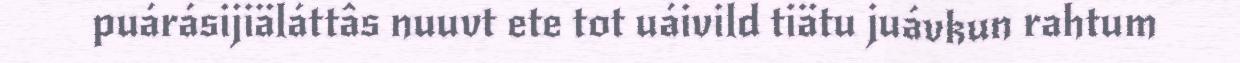
puárásijiäláttâs nuuvt ete tot uáivild tiätu juávkun rahtum